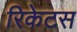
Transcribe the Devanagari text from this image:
रिकेटस